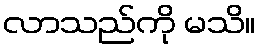
လာသည်ကို မသိ။